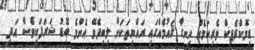
ޑިމޮކްރެޓިކް ވެރިކަމެއް ހިނގާ ޤައުމެއްގައި ރައްޔިތަކަށް ލިބިދެވޭ އެންމެ ބޮޑު ޝަރަފަކީވެސް އަދި